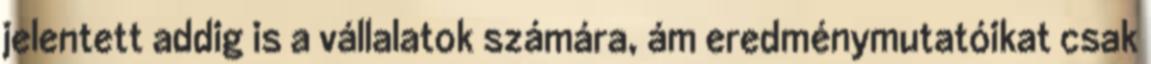
jelentett addig is a vállalatok számára, ám eredménymutatóikat csak